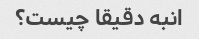
انبه دقیقا چیست؟